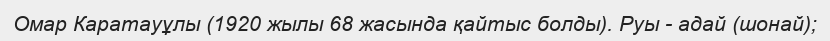
Омар Каратауұлы (1920 жылы 68 жасында қайтыс болды). Руы - адай (шонай);